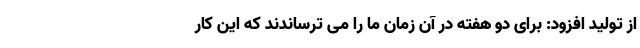
از تولید افزود: برای دو هفته در آن زمان ما را می ترساندند که این کار